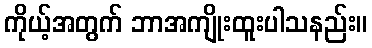
ကိုယ့်အတွက် ဘာအကျိုးထူးပါသနည်း။